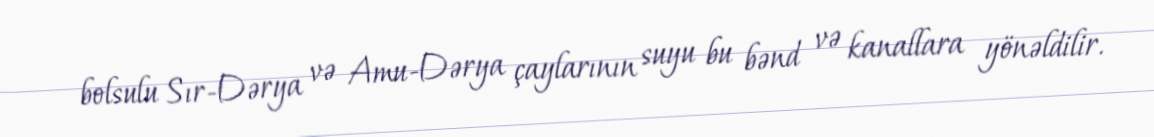
bolsulu Sır-Dərya və Amu-Dərya çaylarının suyu bu bənd və kanallara yönəldilir.